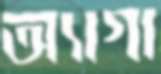
অ্যাগা